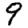
Digit: 9